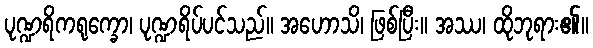
ပုဏ္ဍရိကရုက္ခော၊ ပုဏ္ဍရိပ်ပင်သည်။ အဟောသိ၊ ဖြစ်ပြီး။ အဿ၊ ထိုဘုရား၏။